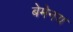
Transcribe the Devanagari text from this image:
बेमेनय